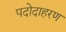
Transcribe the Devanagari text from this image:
पदोदाहरण